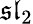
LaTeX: {\mathfrak{sl}}_{2}